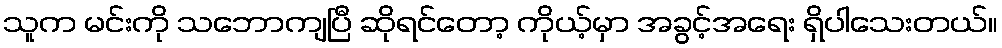
သူက မင်းကို သဘောကျပြီ ဆိုရင်တော့ ကိုယ့်မှာ အခွင့်အရေး ရှိပါသေးတယ်။